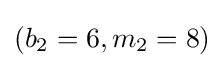
(b_{2}=6,m_{2}=8)